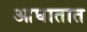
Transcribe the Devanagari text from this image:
आघातात